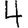
Digit: 4